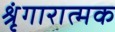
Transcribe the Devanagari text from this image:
श्रृंगारात्मक